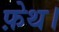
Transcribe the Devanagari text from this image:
फ़ेथ।